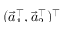
\smash { ( \vec { a } _ { 1 } ^ { \top } , \vec { a } _ { 2 } ^ { \top } ) ^ { \top } }